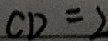
C D = 2